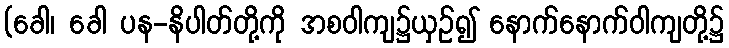
(ခေါ၊ ခေါ ပန-နိပါတ်တို့ကို အစဝါကျ၌ယှဉ်၍ နောက်နောက်ဝါကျတို့၌